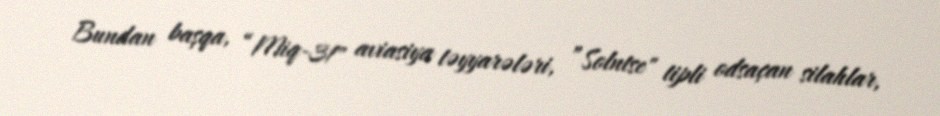
Bundan başqa, “Miq-31" aviasiya təyyarələri, ”Solntse" tipli odsaçan silahlar,